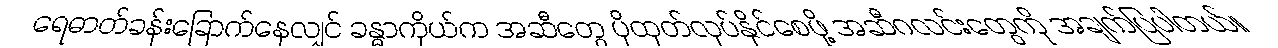
ရေဓာတ်ခန်းခြောက်နေလျှင် ခန္ဓာကိုယ်က အဆီတွေ ပိုထုတ်လုပ်နိုင်စေဖို့ အဆီဂလင်းတွေကို အချက်ပြပါတယ်။